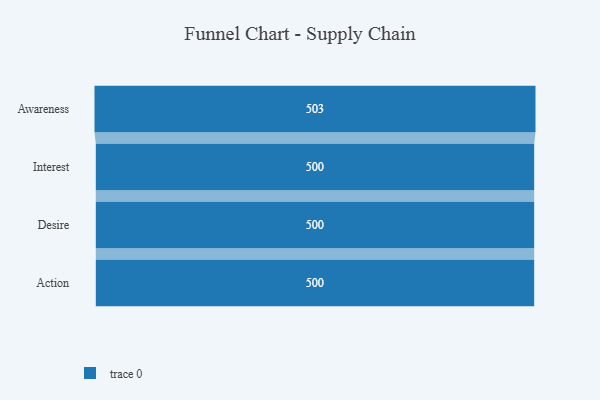
{"axis": {"x": "Stage", "y": "Value"}, "legend": [""], "data": [{"x": "Awareness", "y": 503.0, "type": ""}, {"x": "Interest", "y": 500, "type": ""}, {"x": "Desire", "y": 500, "type": ""}, {"x": "Action", "y": 500, "type": ""}]}